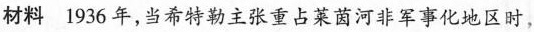
材料1936年，当希特勒主张重占莱茵河非军事化地区时，